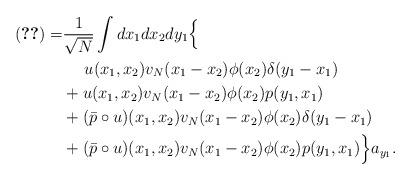
LaTeX: \begin{align*}\eqref{0-1term1} = &\frac{1}{\sqrt{N}}\int dx_1dx_2 dy_1\Big\{ \\ &\quad\ u(x_1, x_2)v_N(x_1-x_2)\phi(x_2)\delta(y_1- x_1) \\ &+ u(x_1, x_2)v_N(x_1-x_2)\phi(x_2)p(y_1, x_1) \\&+ (\bar p\circ u)(x_1, x_2)v_N(x_1-x_2)\phi(x_2)\delta(y_1-x_1) \\ &+ (\bar p\circ u)(x_1, x_2)v_N(x_1-x_2)\phi(x_2)p(y_1, x_1) \Big\}a_{y_1}.\end{align*}